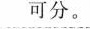
可分。